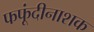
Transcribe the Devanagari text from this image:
फफूंदीनाशक